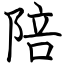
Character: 陪